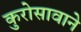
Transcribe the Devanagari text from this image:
कुरोसावाने